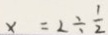
x = 2 \div \frac { 1 } { 2 }